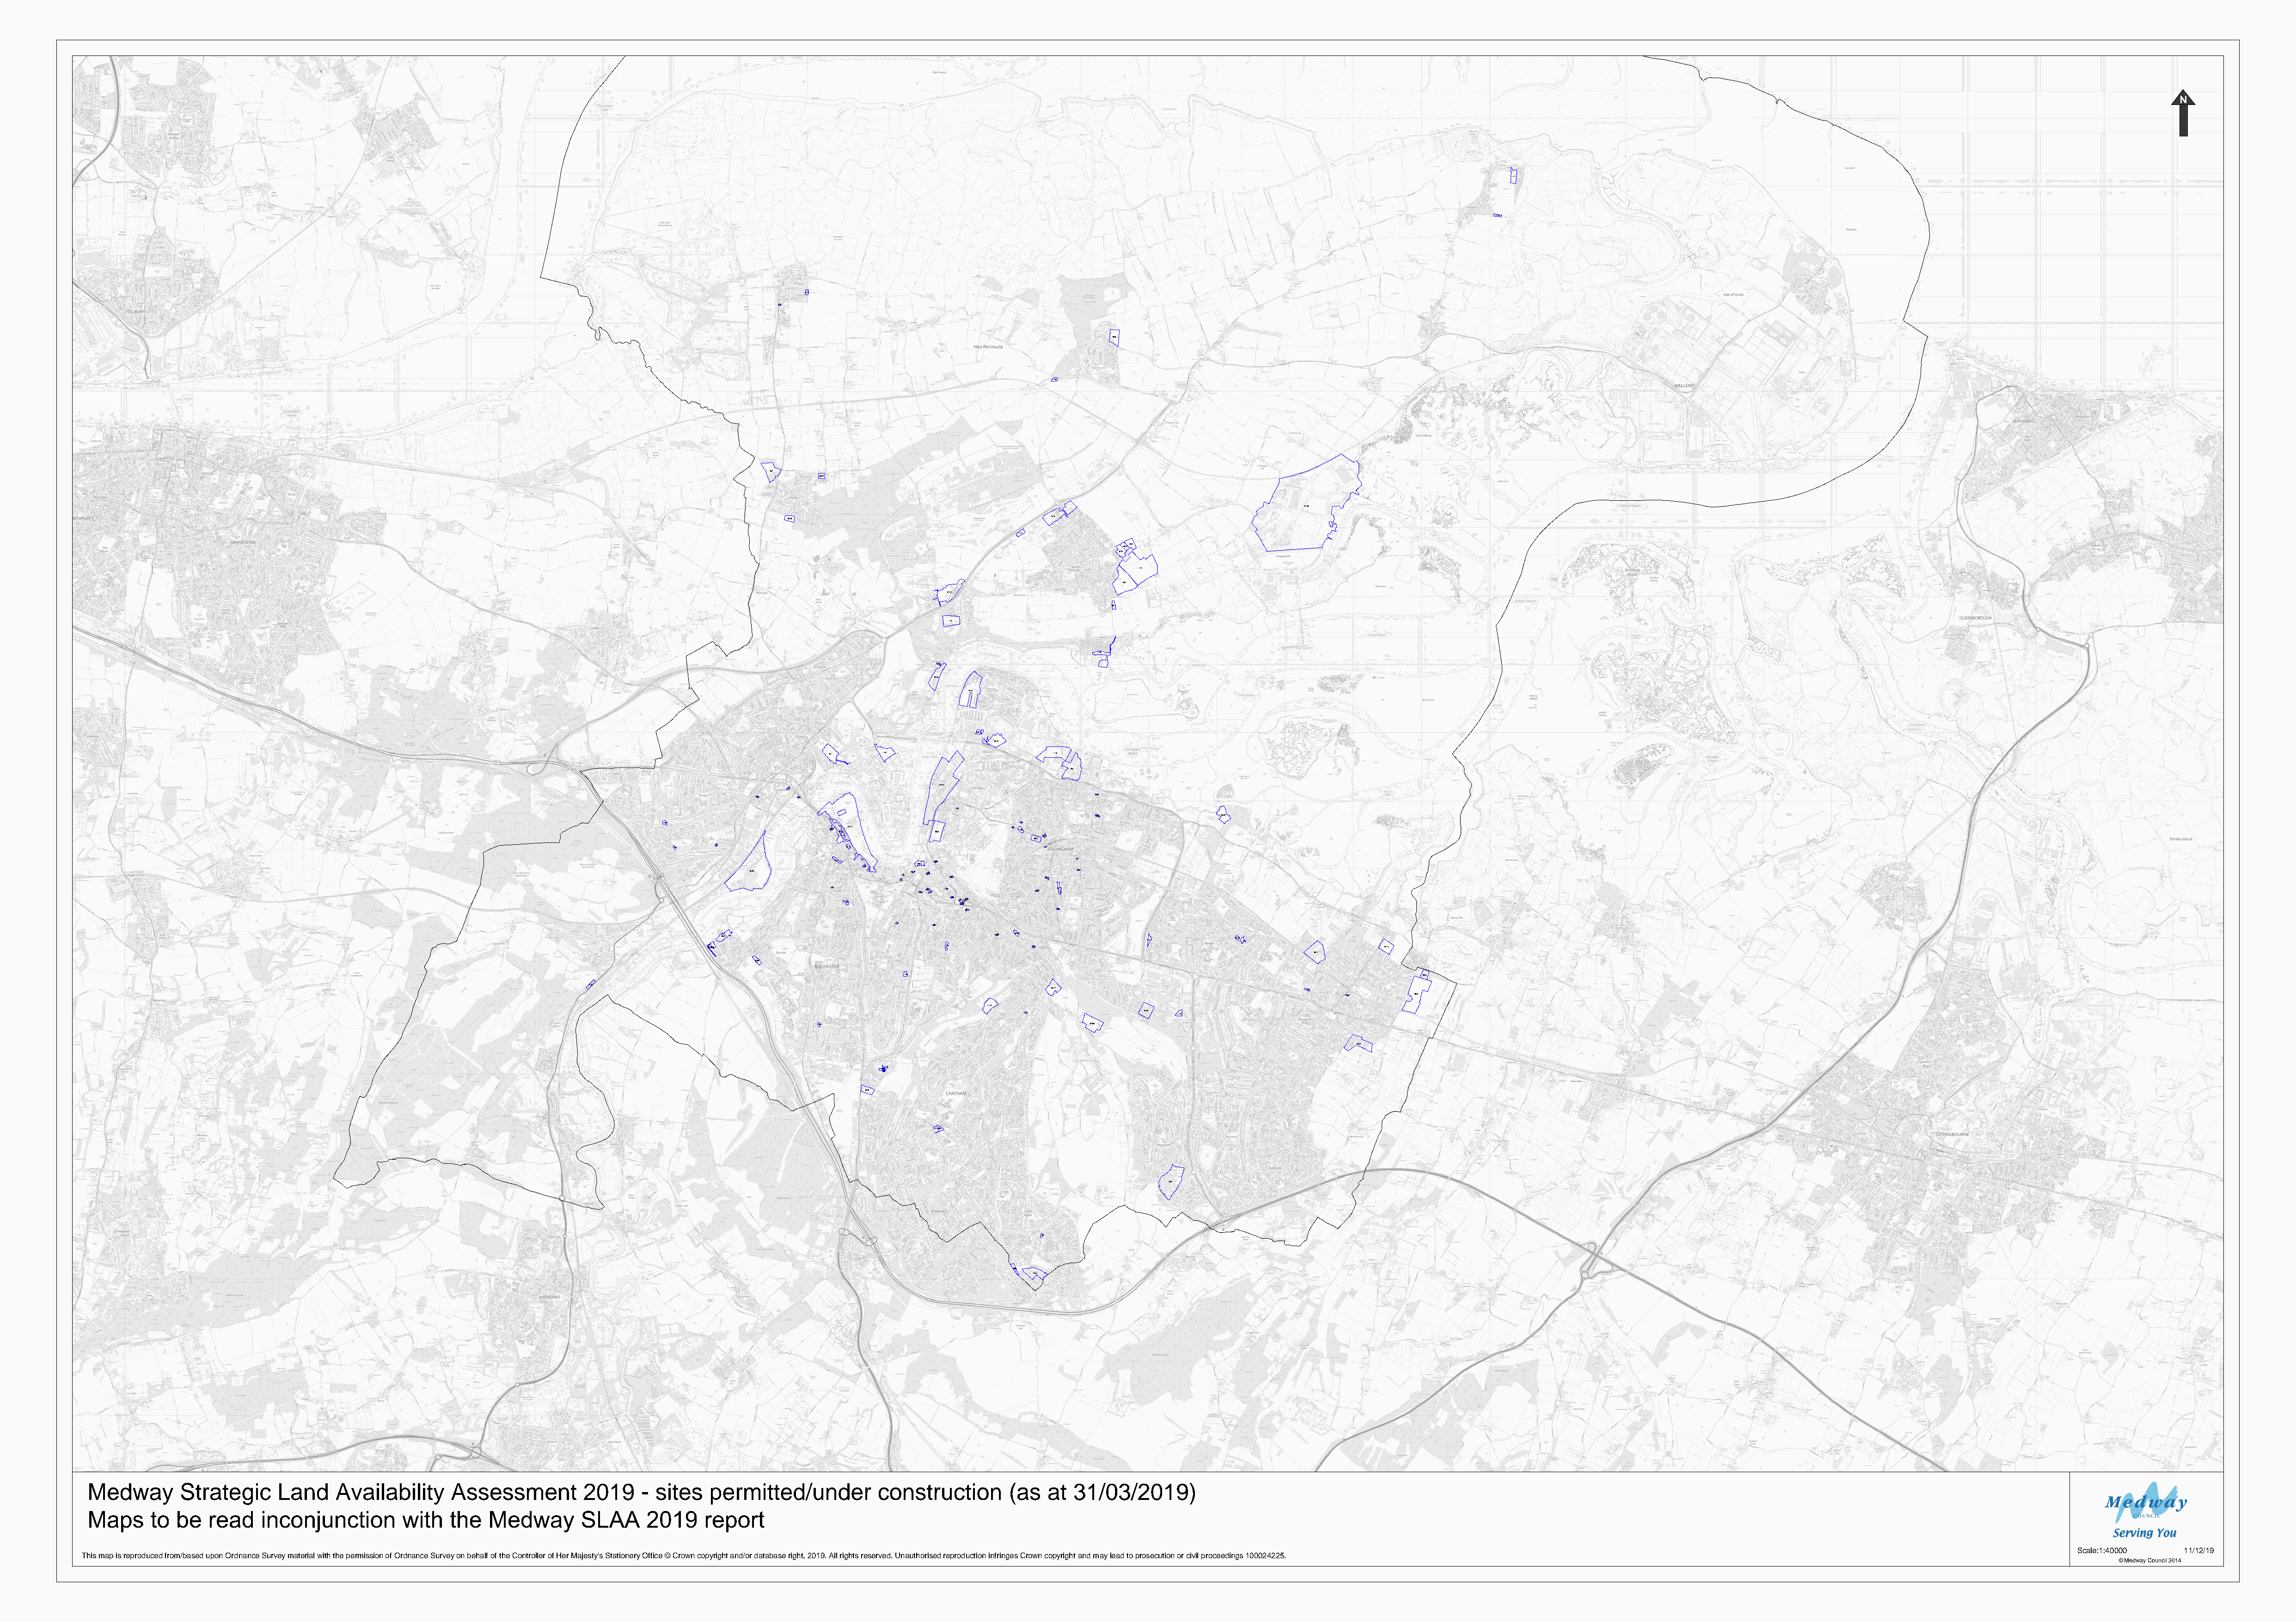
1127
 1210
 1229
 1241
 0835
 1103
 1069
 0789
 0730
 0848                                  0751
 1151
 1043 1044
 0795
 1174
 1203
 0713
 0815
 1131
 1150
 0736
 0443
 0472
 0821
 1146 0632
 0711   1187                     1143
 0511
 0104
 1142
 1099  1204                                       0547
 1231
 0003              0604
 1100                                               1195
 0880 0700 0515 0033       1237 1183
 0731                         0663
 0875
 1246  1247               0728                        1227
 0537 1202  0984 12133632          1197
 0685                  1321 72 07 0532 11213450 0462 0816 1244
 1242         0666 041933 30 1138 0878 0 12 11 59 6
 1228           1206 11 13 319 2125302109530
 0915         1326
 1196 1200
 0829                                   0680 0248             0164         01931136
 09104486                          1194         1048                                              0775
 0817
 0708
 1144                                                                       0655
 1243
 0524                                1234
 1239      0825
 1114
 1341             0564 1154
 1249                                   0783b
 1058
 0570
 0470
 1205
 0691
 1198
 0803
 1033
 Medway       Strategic     Land    Availability     Assessment         2019    - sites   permitted/under         construction      (as   at  31/03/2019)
 Maps     to be   read   inconjunction        with  the   Medway       SLAA      2019    report
 Scale:1:40000  11/12/19
 This map is reproduced from/based upon Ordnance Survey material with the permission of Ordnance Survey on behalf of the Controller of Her Majesty's Stationery Office © Crown copyright and/or database right, 2019. All rights reserved. Unauthorised reproduction infringes Crown copyright and may lead to prosecution or civil proceedings 100024225.
 © Medway Council 2014